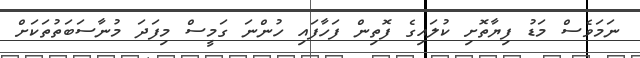
ނަމަވެސް މަޑު ފިޔާތޮށި ކުލައިގެ ފޮތިން ފަހާފައި ހުންނަ ގަމީސް މިފަދަ މުނާސަބަތުތަކަށް